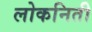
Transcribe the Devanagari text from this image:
लोकनिती